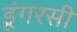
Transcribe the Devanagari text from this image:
डूंगरसी